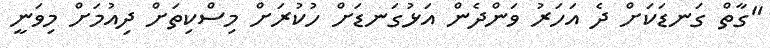
"ގާތް ގަނޑަކަށް ދެ އަހަރު ވަންދެން އަޅުގަނޑަށް ހުކުރަށް މިސްކިތަށް ދިއުމަށް މިވަނީ